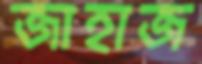
জাহাজ